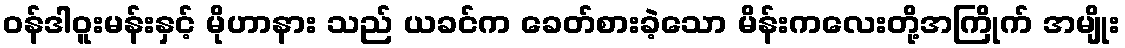
၀န်ဒါဝူးမန်းနှင့် မိုဟာနား သည် ယခင်က ခေတ်စားခဲ့သော မိန်းကလေးတို့အကြိုက် အမျိုး